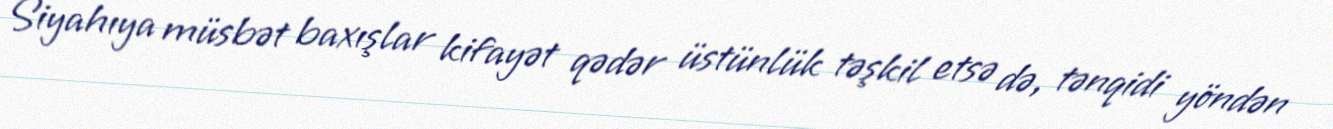
Siyahıya müsbət baxışlar kifayət qədər üstünlük təşkil etsə də, tənqidi yöndən